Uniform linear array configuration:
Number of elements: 16
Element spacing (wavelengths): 0.5
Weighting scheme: binomial
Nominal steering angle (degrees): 30
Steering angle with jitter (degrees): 29.139
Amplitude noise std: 0.05
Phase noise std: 0.05

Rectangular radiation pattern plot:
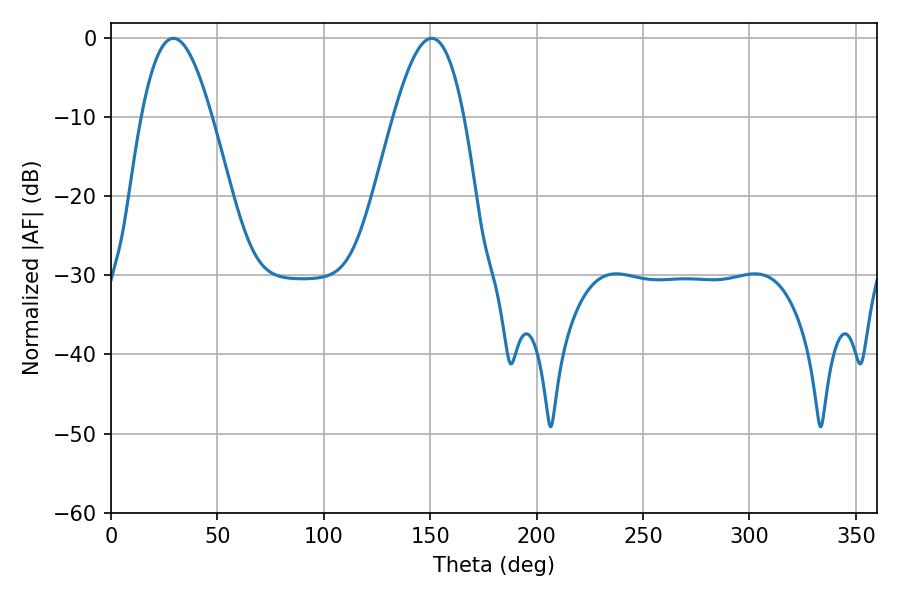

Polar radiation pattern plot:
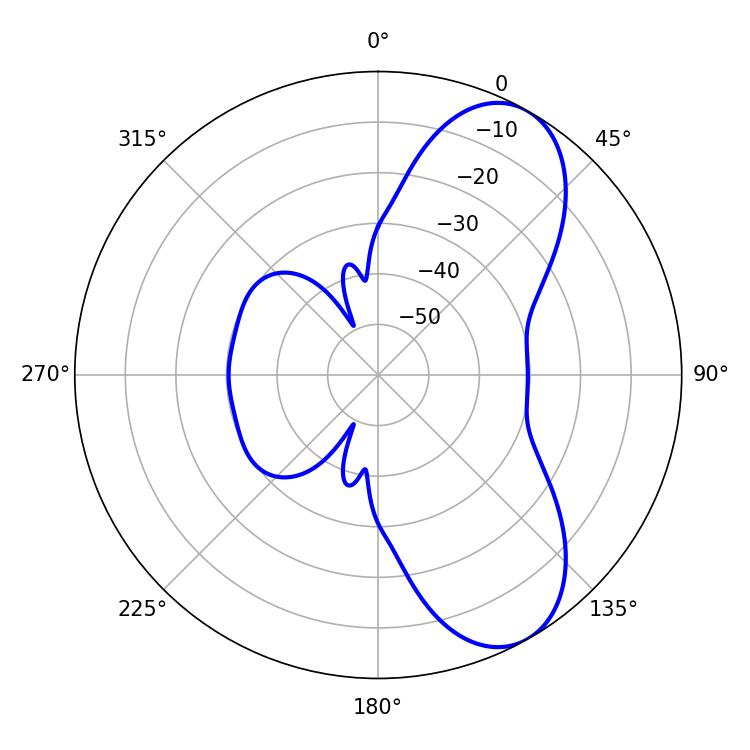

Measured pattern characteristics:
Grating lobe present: FALSE
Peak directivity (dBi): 7.699
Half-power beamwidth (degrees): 17.82
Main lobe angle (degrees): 29.34